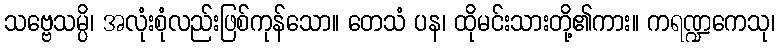
သဗ္ဗေသမ္ပိ၊ အလုံးစုံလည်းဖြစ်ကုန်သော။ တေသံ ပန၊ ထိုမင်းသားတို့၏ကား။ ကရဏ္ဍကေသု၊